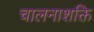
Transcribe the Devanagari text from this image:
चालनाशक्ति